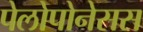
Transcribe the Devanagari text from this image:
पेलोपोनेसस